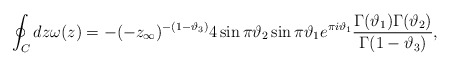
\begin{align*}\oint_{C} dz \omega(z)=-(-z_{\infty})^{-(1-\vartheta_{3})}4\sin \pi \vartheta_{2}\sin \pi\vartheta_{1} e^{\pi i \vartheta_{1}} \frac{\Gamma(\vartheta_{1})\Gamma(\vartheta_{2})}{\Gamma(1-\vartheta_{3})} ,\end{align*}